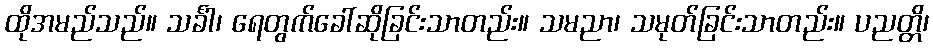
ထိုအမည်သည်။ သင်္ခါ၊ ရေတွက်ခေါ်ဆိုခြင်းသာတည်း။ သမညာ၊ သမုတ်ခြင်းသာတည်း။ ပညတ္တိ၊